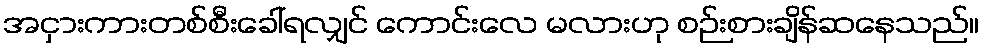
အငှားကားတစ်စီးခေါ်ရလျှင် ကောင်းလေ မလားဟု စဉ်းစားချိန်ဆနေသည်။